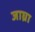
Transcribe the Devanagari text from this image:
जाघ्रा